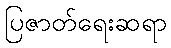
ပြဇာတ်ရေးဆရာ